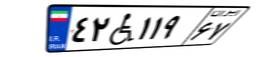
۹۱W۲۲۷۳۷